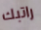
راتبك